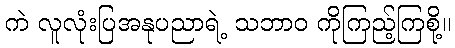
ကဲ လူလုံးပြအနုပညာရဲ့ သဘာဝ ကိုကြည့်ကြစို့။